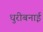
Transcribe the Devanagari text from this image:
धुरीबनाई